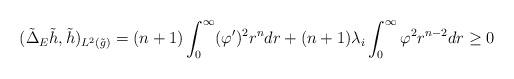
LaTeX: \begin{align*} (\tilde{\Delta}_E\tilde{h},\tilde{h})_{L^2(\tilde{g})}&=(n+1)\int_{0}^{\infty}(\varphi')^2r^{n}dr+(n+1)\lambda_i\int_{0}^{\infty}\varphi^2r^{n-2}dr\geq0 \end{align*}